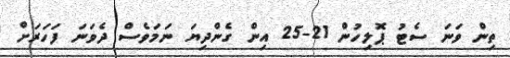
ތިން ވަަނަ ސެޓު ޕޮލިހުން 21-25 އިން ގެންދިޔަ ނަމަވެސް ދެވަނަ ފަހަރަށް